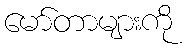
မော်တာများကို